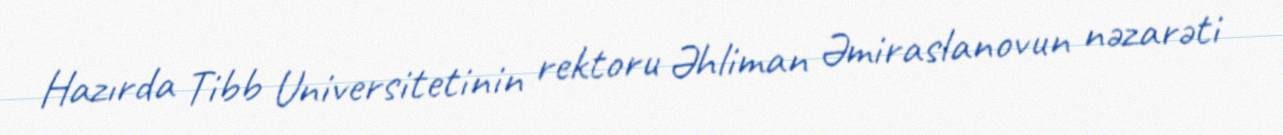
Hazırda Tibb Universitetinin rektoru Əhliman Əmiraslanovun nəzarəti